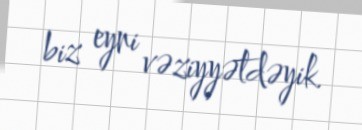
biz eyni vəziyyətdəyik.